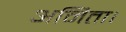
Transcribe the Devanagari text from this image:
अमिता।